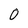
Character: 0